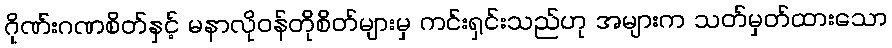
ဂိုဏ်းဂဏစိတ်နှင့် မနာလိုဝန်တိုစိတ်များမှ ကင်းရှင်းသည်ဟု အများက သတ်မှတ်ထားသော